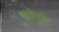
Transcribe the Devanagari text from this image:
काचेमुळे